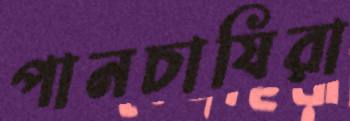
পানচাষিরা